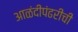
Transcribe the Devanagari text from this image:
आळंदीपंढरीची